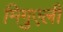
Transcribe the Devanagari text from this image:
मिगुएली